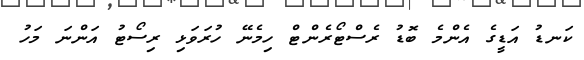
ކަނޑު އަޑީގެ އެންމެ ބޮޑު ރެސްޓޯރެންޓް ހިމެނޭ ހުރަވަޅި ރިސޯޓު އަންނަ މަހު